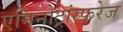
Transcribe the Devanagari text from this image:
एमिनोट्रांस्फरेज